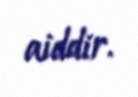
aiddir.